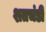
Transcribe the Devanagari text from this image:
शतचंडी